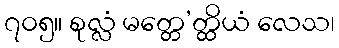
၇၀၅။ စုလ္လံ မတ္တေ’တ္ထိယံ လေသ၊